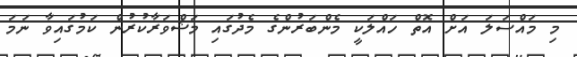
މި މައްސަލަ އަށް އޮތް ހައްލަކީ މެންބަރުންގެ މެދުގައި މަޝްވަރާކުރުން ކަމުގައިވާ ނަމަ